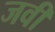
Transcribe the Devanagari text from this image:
जवी